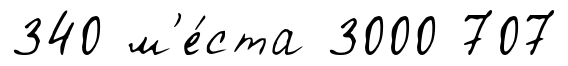
340 м'е́ста 3000 707